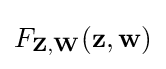
F_{\mathbf {Z,W} }(\mathbf {z,w} )